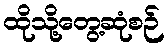
ထိုသို့တွေ့ဆုံစဉ်